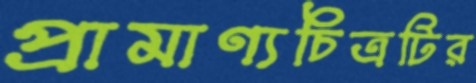
প্রামাণ্যচিত্রটির